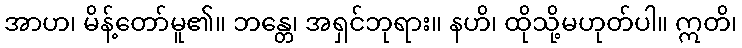
အာဟ၊ မိန့်တော်မူ၏။ ဘန္တေ၊ အရှင်ဘုရား။ နဟိ၊ ထိုသို့မဟုတ်ပါ။ ဣတိ၊